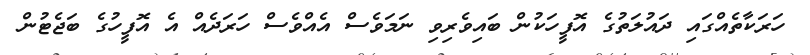
ހަރަކާތެއްގައި ދައުލަތުގެ އޮފީހަކުން ބައިވެރިވި ނަމަވެސް އެއްވެސް ހަރަދެއް އެ އޮފީހުގެ ބަޖެޓުން